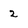
Character: 2